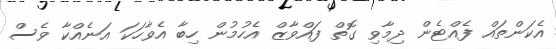
އެކަންތައް ފެއްޓެން ދިމާވި ގޮތް ފައްވާޒް އެހުމުން ހިބާ އެވާހަކަ އަނެއްކާ ވެސް